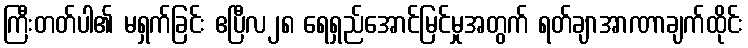
ကြီးတတ်ပါ၏ မရှက်ခြင်း ဧပြီလ၂၈ ရေရှည်အောင်မြင်မှုအတွက် ရတ်ချာအာဏာချက်ထိုင်း